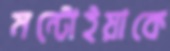
মন্টোইয়াকে